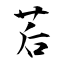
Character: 茩